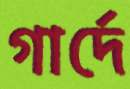
গার্দে